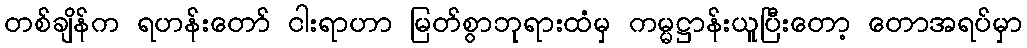
တစ်ချိန်က ရဟန်းတော် ငါးရာဟာ မြတ်စွာဘုရားထံမှ ကမ္မဋ္ဌာန်းယူပြီးတော့ တောအရပ်မှာ